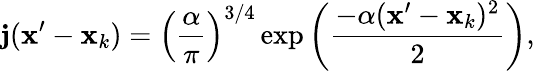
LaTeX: \mathbf{j}({\mathbf{x}}^{\prime}-{\mathbf{x}}_{k})=\left(\frac{{\alpha}}{{\pi}}\right)^{3/4}\, \mathrm{{\exp}}\left(\frac{{-\alpha({\mathbf{x}}^{\prime}-{\mathbf{x}}_{k})^{2}}}{{2}}\right),